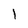
Character: l